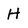
Character: H